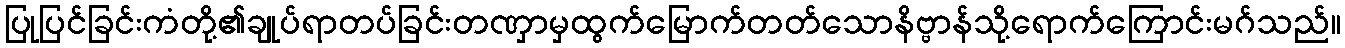
ပြုပြင်ခြင်းကံတို့၏ချုပ်ရာတပ်ခြင်းတဏှာမှထွက်မြောက်တတ်သောနိဗ္ဗာန်သို့ရောက်ကြောင်းမဂ်သည်။